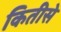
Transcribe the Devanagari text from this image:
कितीसे